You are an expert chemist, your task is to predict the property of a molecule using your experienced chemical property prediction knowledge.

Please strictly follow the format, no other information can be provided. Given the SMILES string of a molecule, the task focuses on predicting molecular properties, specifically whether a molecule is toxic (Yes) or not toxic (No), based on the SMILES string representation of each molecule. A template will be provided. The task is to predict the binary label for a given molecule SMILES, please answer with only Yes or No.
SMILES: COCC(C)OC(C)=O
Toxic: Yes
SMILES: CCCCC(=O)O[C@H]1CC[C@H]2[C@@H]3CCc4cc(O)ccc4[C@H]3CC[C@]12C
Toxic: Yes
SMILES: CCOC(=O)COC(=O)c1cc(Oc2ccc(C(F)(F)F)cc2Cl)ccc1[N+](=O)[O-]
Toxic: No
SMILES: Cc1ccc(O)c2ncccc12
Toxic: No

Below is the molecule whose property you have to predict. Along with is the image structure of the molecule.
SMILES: CNC(=O)CSP(=O)(OC)OC
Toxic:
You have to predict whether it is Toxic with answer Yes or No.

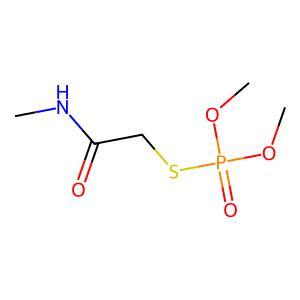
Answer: No